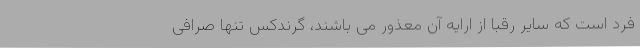
فرد است که سایر رقبا از ارایه آن معذور می باشند، گرندکس تنها صرافی